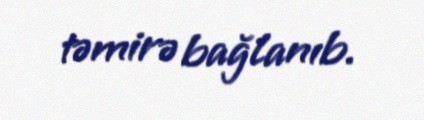
təmirə bağlanıb.